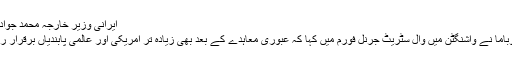
ایرانی وزیرِ خارجہ محمد جواد ظریف
صدر اوباما نے واشنگٹن میں وال سٹریٹ جرنل فورم میں کہا کہ عبوری معاہدے کے بعد بھی زیادہ تر امریکی اور عالمی پابندیاں برقرار رہیں گی۔